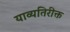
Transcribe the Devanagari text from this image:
याव्यतिरीक्त